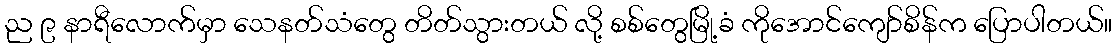
ည ၉ နာရီလောက်မှာ သေနတ်သံတွေ တိတ်သွားတယ် လို့ စစ်တွေမြို့ခံ ကိုအောင်ကျော်စိန်က ပြောပါတယ်။